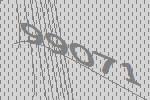
99071